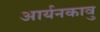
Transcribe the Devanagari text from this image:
आर्यनकावु